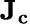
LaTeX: {\mathbf{{J}}}_{\mathbf{{c}}}